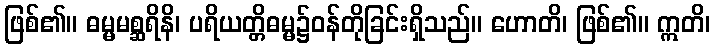
ဖြစ်၏။ ဓမ္မမစ္ဆရိနိ၊ ပရိယတ္တိဓမ္မ၌ဝန်တိုခြင်းရှိသည်။ ဟောတိ၊ ဖြစ်၏။ ဣတိ၊